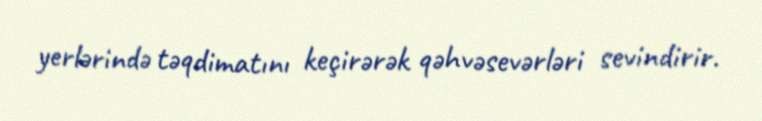
yerlərində təqdimatını keçirərək qəhvəsevərləri sevindirir.